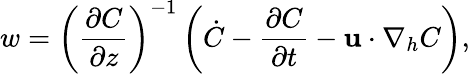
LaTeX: w=\left(\frac{\partial C}{\partial z}\right)^{-1}\left(\dot{C}-\frac{\partial C}{\partial t}-{\mathbf u}\cdot\nabla_{h}C\right),